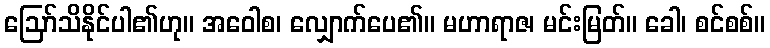
ဩော်သိနိုင်ပါ၏ဟု။ အဝေါစ၊ လျှောက်ပေ၏။ မဟာရာဇ၊ မင်းမြတ်။ ခေါ၊ စင်စစ်။